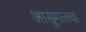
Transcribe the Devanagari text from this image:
आसुमलचा